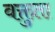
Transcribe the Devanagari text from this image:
वक्तुता